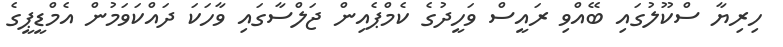
ހިރިޔާ ސްކޫލުގައި ބޭއްވި ރައީސް ވަހީދުގެ ކެމްޕެއިން ޖަލްސާގައި ވާހަކަ ދައްކަވަމުން އެމްޑީޕީގެ